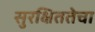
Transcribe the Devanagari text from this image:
सुरक्षिततेचा